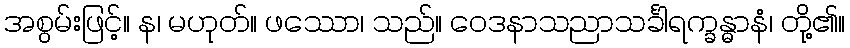
အစွမ်းဖြင့်။ န၊ မဟုတ်။ ဖဿော၊ သည်။ ဝေဒနာသညာသင်္ခါရက္ခန္ဓာနံ၊ တို့၏။